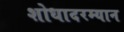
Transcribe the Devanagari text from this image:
शोधादरम्यान